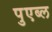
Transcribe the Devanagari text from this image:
पुएब्ल